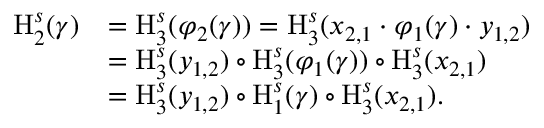
\begin{array} { r l } { \mathrm { H } _ { 2 } ^ { s } ( \gamma ) } & { = \mathrm { H } _ { 3 } ^ { s } ( \varphi _ { 2 } ( \gamma ) ) = \mathrm { H } _ { 3 } ^ { s } ( x _ { 2 , 1 } \cdot \varphi _ { 1 } ( \gamma ) \cdot y _ { 1 , 2 } ) } \\ & { = \mathrm { H } _ { 3 } ^ { s } ( y _ { 1 , 2 } ) \circ \mathrm { H } _ { 3 } ^ { s } ( \varphi _ { 1 } ( \gamma ) ) \circ \mathrm { H } _ { 3 } ^ { s } ( x _ { 2 , 1 } ) } \\ & { = \mathrm { H } _ { 3 } ^ { s } ( y _ { 1 , 2 } ) \circ \mathrm { H } _ { 1 } ^ { s } ( \gamma ) \circ \mathrm { H } _ { 3 } ^ { s } ( x _ { 2 , 1 } ) . } \end{array}